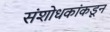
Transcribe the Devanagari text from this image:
संशोधकांकडून